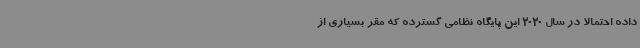
داده احتمالا در سال 2020 این پایگاه نظامی گسترده که مقر بسیاری از